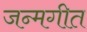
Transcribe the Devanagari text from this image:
जन्मगीत